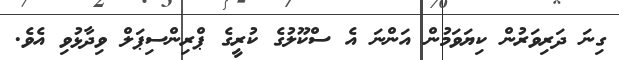
ގިނަ ދަރިވަރުން ކިޔަވަމުން އަންނަ އެ ސްކޫލުގެ ކުރީގެ ޕްރިންސިޕަލް ވިދާޅުވި އެވެ.